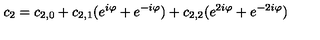
c _ { 2 } = c _ { 2 , 0 } + c _ { 2 , 1 } ( e ^ { i \varphi } + e ^ { - i \varphi } ) + c _ { 2 , 2 } ( e ^ { 2 i \varphi } + e ^ { - 2 i \varphi } )